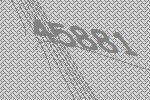
45881